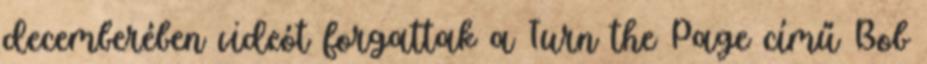
decemberében videót forgattak a Turn the Page című Bob